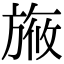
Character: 㫍